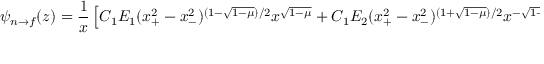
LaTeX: \psi _ { n \to f } ( z ) = { \frac { 1 } { x } } \left[ C _ { 1 } E _ { 1 } ( x _ { + } ^ { 2 } - x _ { - } ^ { 2 } ) ^ { ( 1 - \sqrt { 1 - \mu } ) / 2 } x ^ { \sqrt { 1 - \mu } } + C _ { 1 } E _ { 2 } ( x _ { + } ^ { 2 } - x _ { - } ^ { 2 } ) ^ { ( 1 + \sqrt { 1 - \mu } ) / 2 } x ^ { - \sqrt { 1 - \mu } } \right] ,